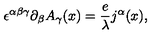
\epsilon ^ { \alpha \beta \gamma } \partial _ { \beta } A _ { \gamma } ( x ) = \frac { e } { \lambda } j ^ { \alpha } ( x ) ,